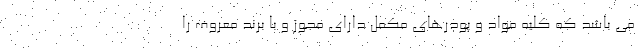
می باشد که کلیه مواد و پودرهای مکمل دارای مجوز و با برند معروف را